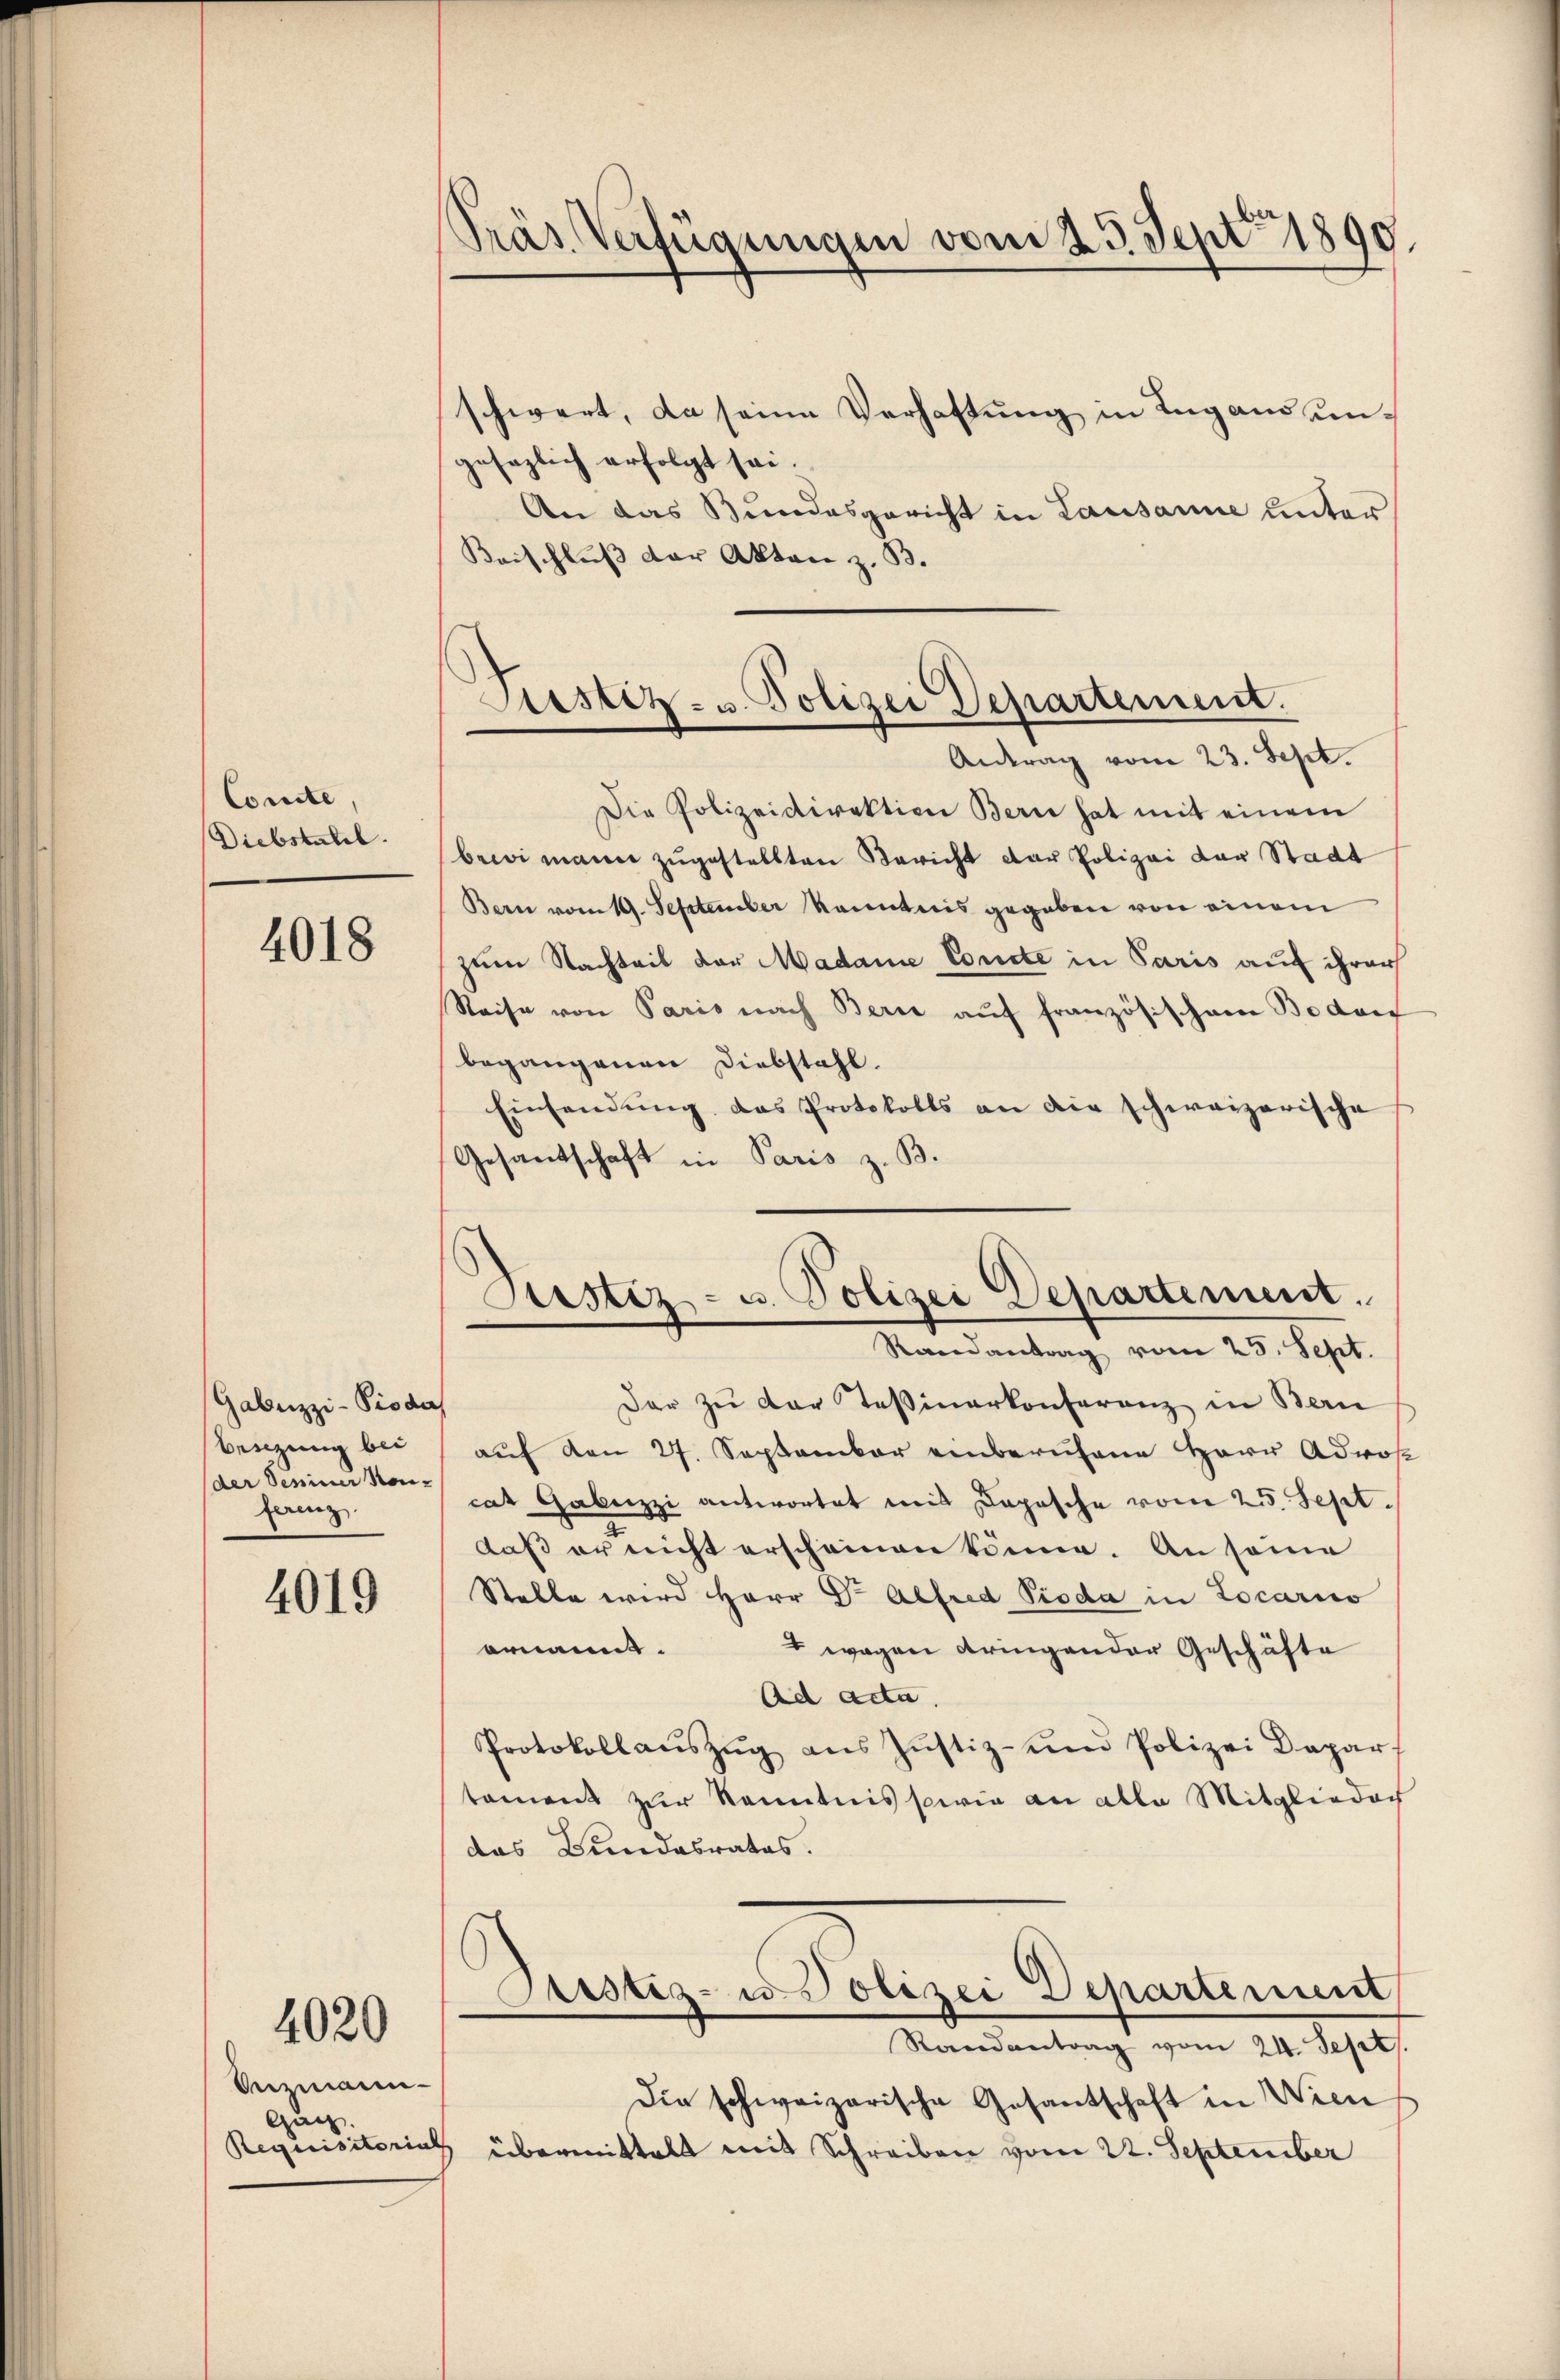
Comite
Diebstahl.

4018

Gabuzzi-Piodas
beizung bei
(der Deiner Kon-
ferenz

4019

4020

Snzmann
Gag.
Requisitorial

Präs. Verfügungen vom 23. Sept. 1890.

schwert, da seine Verhaftung in Lugand ungesezlich erfolgt sei.
An das Bundesgericht in Lausanne unter
Beischluß der Akten z. B.
Die Polizeidirektion Bern hat mit einem
bewimann zugestellten Bericht der Polizei der Stadt
Bern vom 19. September kanntnis gegeben von einem
zum Nachteil der Madame Comete in Paris auf ihrer
Reise von Paris nach Bern auf französischem Bodens
begangenen Diebstahl.
Einsendung das Protokolls an die schweizerische
Gesantschaft in Paris z. B.
Dar zŭ der Teßinerkonferenz in Bern
auf den 27. September einberufene Herr Adros
cat Gabuzzi antwortet mit Depesche vom 25. Sept.
daß er nicht erscheinen könne. An seine
Stelle wird Herr Dr Alfred Pioda in Locario
4 wegen dringen der Geschäfte
ornannt.
Ad acta.
Protokollaŭszŭg ans Justiz- und Polizei Dapar
tament zur Kenntnis sowie an alle Mitgliederh
das Bundesrates.
Prustiz- u. Polizei Departement
Randantrag vom 24. Sept.
Die schweizerische Gesantschaft in Wien
übermittelt mit Schreiben vom 22. September

Pustiz- u. Polizei Departement.
Antrag vom 23. Sept.

s
Justiz- u. Polizei Departement.
Randantrag vom 25. Sept.